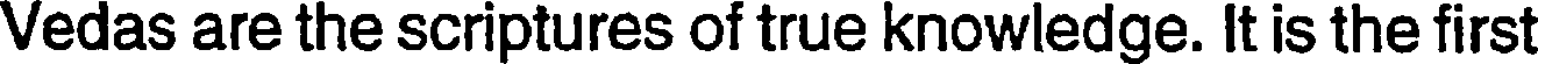
Vedas are the scriptures of true knowledge. It is the first